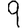
Digit: 9